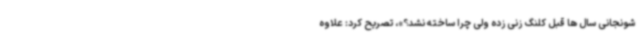
شونجانی سال ها قبل کلنگ زنی زده ولی چرا ساخته نشد؟»، تصریح کرد: علاوه